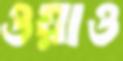
ওয়াও